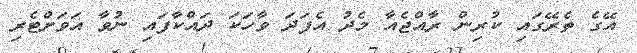
އޭގެ ތެރޭގައި ކުރިން ރާއްޖެއާ މެދު އެފަދަ ވާހަކަ ދައްކާފައި ނުވާ އަވަށްޓެރި